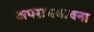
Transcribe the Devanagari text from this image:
अपराधभावना